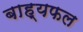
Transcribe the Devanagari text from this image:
बाह्यफल